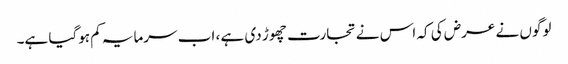
لوگوں نے عرض کی کہ اس نے تجارت چھوڑ دی ہے ، اب سرمایہ کم ہوگیا ہے۔